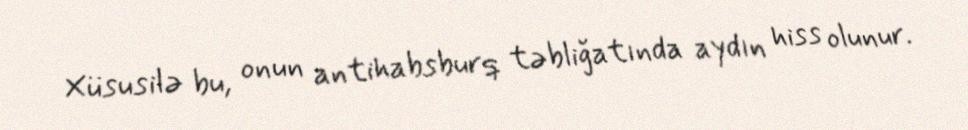
Xüsusilə bu, onun antihabsburq təbliğatında aydın hiss olunur.